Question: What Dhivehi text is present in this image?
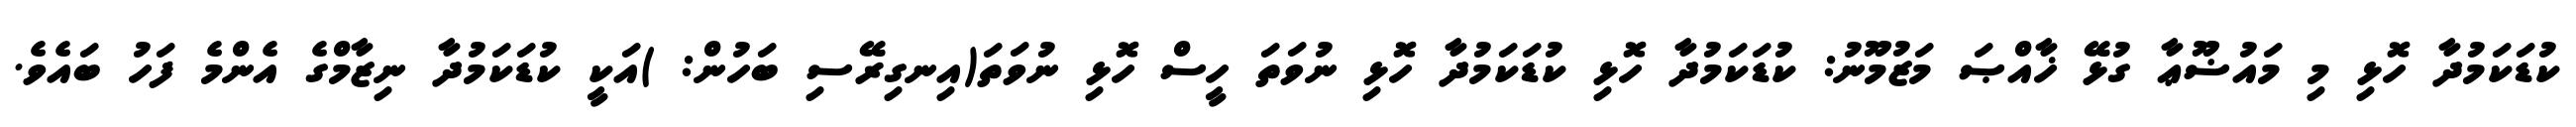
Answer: ކުޑަކަމުދާ ހޮޅި މި މައުޟޫޢާ ގުޅޭ ޚާއްޞަ މަޒުމޫނު: ކުޑަކަމުދާ ހޮޅި ކުޑަކަމުދާ ހޮޅި ނުވަތަ ހީސް ހޮޅި ނުވަތަ(އިނގިރޭސި ބަހުން: )އަކީ ކުޑަކަމުދާ ނިޒާމްގެ އެންމެ ފަހު ބައެވެ.